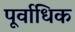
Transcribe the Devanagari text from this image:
पूर्वाधिक